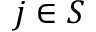
j \in S